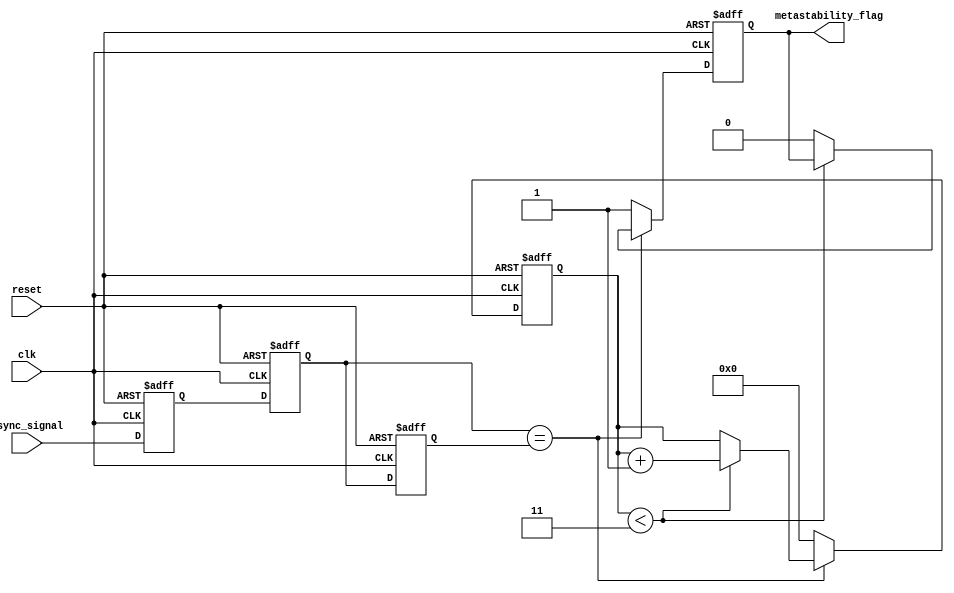
module metastability_detector (
    input wire clk,                // Clock signal
    input wire reset,              // Reset signal
    input wire async_signal,       // Asynchronous input signal
    output reg metastability_flag   // Output flag for metastability detection
);

    // Latch signals
    reg latch1_out;
    reg latch2_out;

    // Memory block (flip-flop)
    reg memory_block;

    // Parameters for detection logic
    parameter STABLE_CYCLES = 4;   // Number of cycles to check for stability
    reg [STABLE_CYCLES-1:0] stable_counter;

    // Latch behavior
    always @(posedge clk or posedge reset) begin
        if (reset) begin
            latch1_out <= 1'b0;
            latch2_out <= 1'b0;
            memory_block <= 1'b0;
            metastability_flag <= 1'b0;
            stable_counter <= 0;
        end else begin
            // Sample the asynchronous signal
            latch1_out <= async_signal; // First latch
            latch2_out <= latch1_out;    // Second latch
            memory_block <= latch2_out;  // Store in memory block

            // Metastability detection logic
            if (latch2_out == memory_block) begin
                // If the output is stable
                if (stable_counter < STABLE_CYCLES - 1) begin
                    stable_counter <= stable_counter + 1;
                end else begin
                    metastability_flag <= 1'b0; // Clear flag if stable for enough cycles
                end
            end else begin
                // If a transition is detected
                metastability_flag <= 1'b1; // Set metastability flag
                stable_counter <= 0;         // Reset stable counter
            end
        end
    end

endmodule